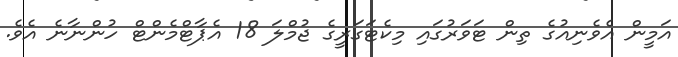
އަމީން އެވެނިއުގެ ތިން ޓަވަރުގައި މިކެޓަގަރީގެ ޖުމްލަ 18 އެޕާޓްމެންޓް ހުންނާނެ އެވެ.